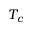
T _ { c }